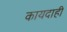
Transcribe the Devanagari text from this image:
कायदाही